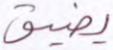
يضيق